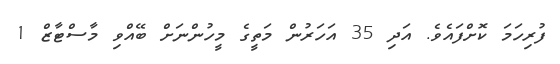
ފުރިހަމަ ކޮށްފައެވެ. އަދި 35 އަހަރުން މަތީގެ މީހުންނަށް ބޭއްވި މާސްޓާޒް 1